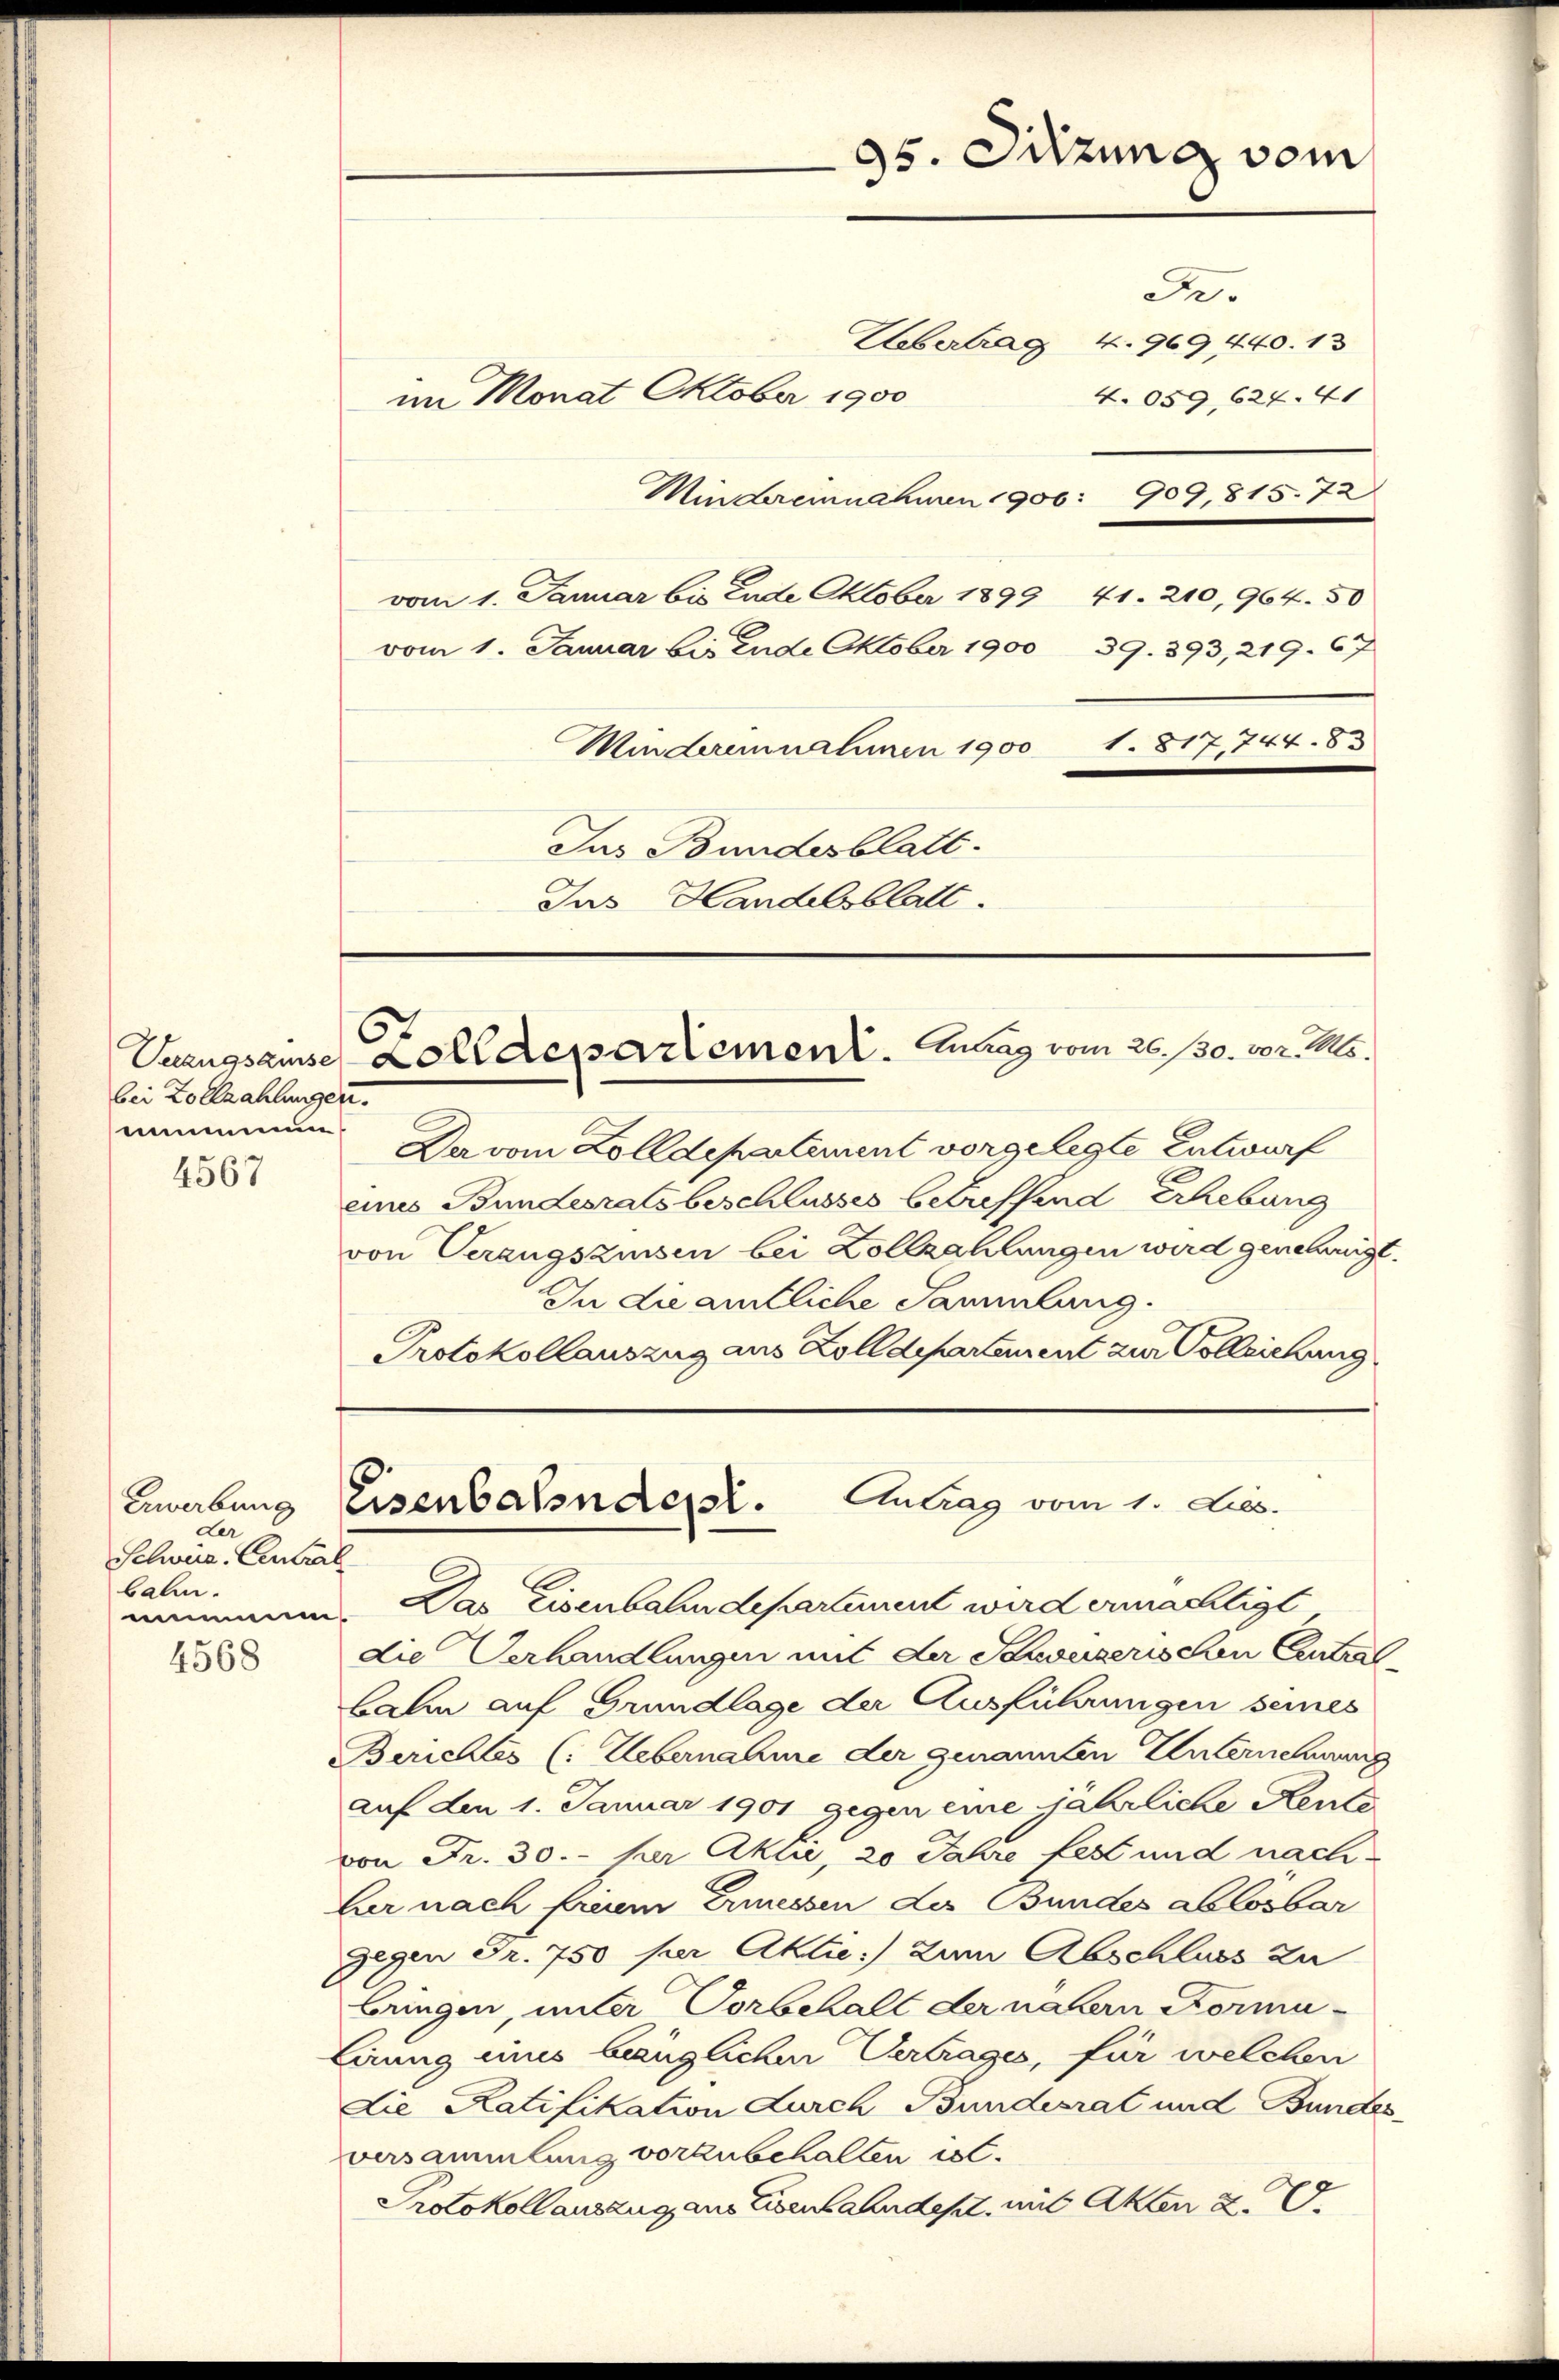
bei Zollzahlungen.
mmmung

4567

Erwerbung
der
Selweis. Central
balm.
mimun

4568

e.
Uebertrag 4. 969 440. 13
im Monat Oktober 1900
Mindereinnahmen 1906: 909, 815. 72
vom 1. Januar bis Ende Oktober 1899 41. 210, 964. 50
vom 1. Januar bis Ende Oktober 1900 39. 393, 219. 67
1. 817741. 83
Minderannahmen 1900
Jus Bundesblatt.
Jus Handelsblatt.

95. Sitzung vom

Da vom Zolldepartement vorgelegte Entwurf
eines Bundesratsbeschlusses betreffend erhebung
von Verzugszinsen bei Zollzahlungen wird genehmigt.
In die amtliche Sammlung.
Protokollauszug aus Zolldepartement zur Vollziehung

Unzugsausse Zolldepartement. Maag vom 26. 130. 102. Mts.

4.059, 624. 41

Eisenbahndet. Antrag vom 1. Lies.

Das Eisenbahndepartement wird ermächtigt
die Verhandlungen mit der Schweizerischen Centralbalm auf Grundlage der Ausführungen seines
Berichtes (: Uebernahme der genannten Unternehmung
auf den 1. Januar 1901 gegen eine jährliche Rente
von Fr. 30. her Akui, 20 Jahre fest und nachber nach freiem Ermessen der Bundes ablösbar
gegen Fr. 750 per Aktie) zum Abschluss zu
bringen, unter Vorbehalt der nähern Formu¬
Lirung eines bäuglichen Vertrages, für welchen
Lie Ratifikation durch Bundesrat und Bundes
versammlung vorzubehalten ist.
Protokoll auszug aus Eisenbahndest, mit Akten a. O.